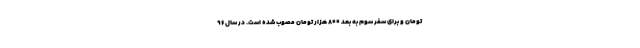
تومان و برای سفر سوم به بعد ۸۰۰ هزار تومان مصوب شده است. در سال ۹۶